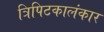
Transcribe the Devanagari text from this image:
त्रिपिटकालंकार